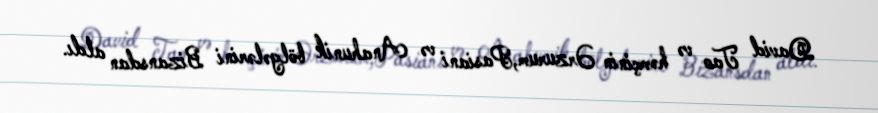
David Tao və həmçinin Ərzurum,Pasiani və Anahunik bölgələrini Bizansdan aldı.